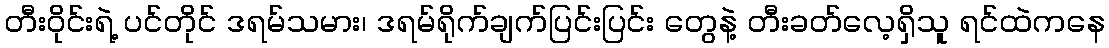
တီးဝိုင်းရဲ့ ပင်တိုင် ဒရမ်သမား၊ ဒရမ်ရိုက်ချက်ပြင်းပြင်း တွေနဲ့ တီးခတ်လေ့ရှိသူ ရင်ထဲကနေ